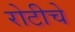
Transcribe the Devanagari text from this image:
रोटीचे